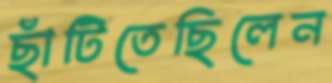
ছাঁটিতেছিলেন